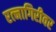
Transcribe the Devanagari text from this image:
रत्‍नागिरीवर